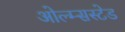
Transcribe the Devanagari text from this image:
ओल्म्सस्टेड